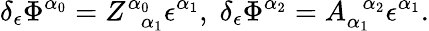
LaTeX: \delta_{\epsilon}\Phi^{\alpha_{0}}=Z_{\; \; \alpha_{1}}^{\alpha_{0}}\epsilon^{\alpha_{1}},\; \delta_{\epsilon}\Phi^{\alpha_{2}}=A_{\alpha_{1}}^{\; \; \alpha_{2}}\epsilon^{\alpha_{1}}.